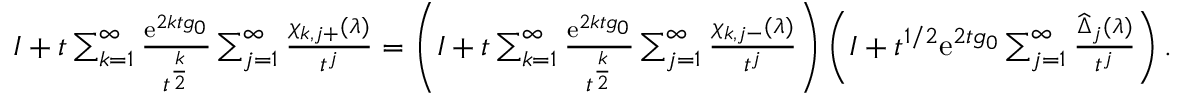
\begin{array} { r } { I + t \sum _ { k = 1 } ^ { \infty } \frac { \mathrm { e } ^ { 2 k t g _ { 0 } } } { t ^ { \frac { k } { 2 } } } \sum _ { j = 1 } ^ { \infty } \frac { \chi _ { k , j + } ( \lambda ) } { t ^ { j } } = \left( I + t \sum _ { k = 1 } ^ { \infty } \frac { \mathrm { e } ^ { 2 k t g _ { 0 } } } { t ^ { \frac { k } { 2 } } } \sum _ { j = 1 } ^ { \infty } \frac { \chi _ { k , j - } ( \lambda ) } { t ^ { j } } \right) \left( I + t ^ { 1 / 2 } \mathrm { e } ^ { 2 t g _ { 0 } } \sum _ { j = 1 } ^ { \infty } \frac { \widehat { \Delta } _ { j } ( \lambda ) } { t ^ { j } } \right) . } \end{array}